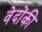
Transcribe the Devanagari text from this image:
वेदोंकी